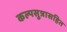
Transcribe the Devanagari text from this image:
कल्पसुत्रासहित